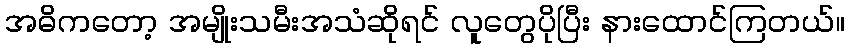
အဓိကတော့ အမျိုးသမီးအသံဆိုရင် လူတွေပိုပြီး နားထောင်ကြတယ်။